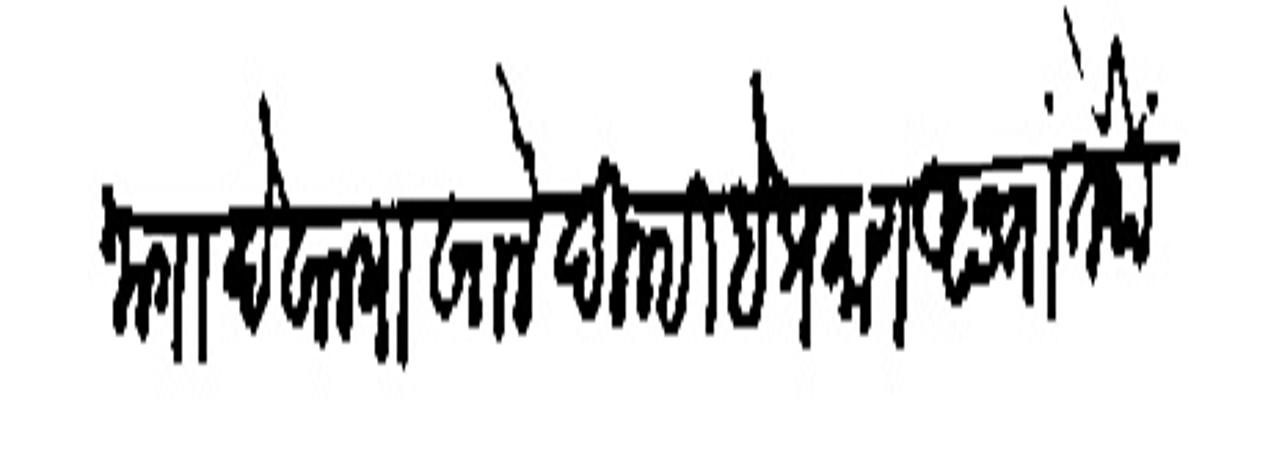
Transliteration (Devanagari): जागा देवालयाखालें दिल्ही है प्रमाण असतां तेथें